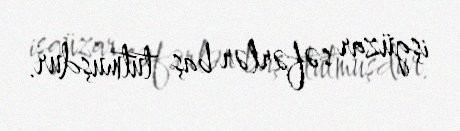
işgüzar səfərlər baş tutmuşdur.